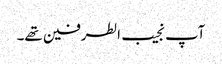
آپ نجیب الطرفین تھے۔